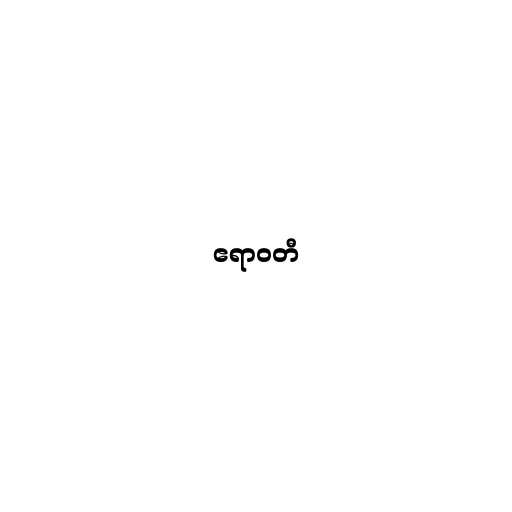
ဧရာဝတီ